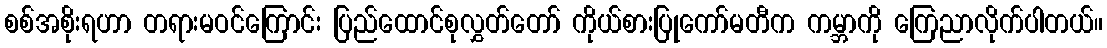
စစ်အစိုးရဟာ တရားမဝင်ကြောင်း ပြည်ထောင်စုလွှတ်တော် ကိုယ်စားပြုကော်မတီက ကမ္ဘာကို ကြေညာလိုက်ပါတယ်။